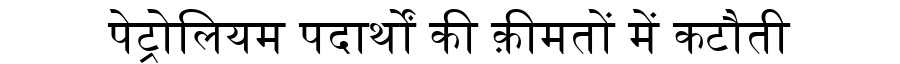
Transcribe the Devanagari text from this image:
पेट्रोलियम पदार्थों की क़ीमतों में कटौती